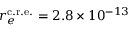
r _ { e } ^ { \mathrm { c . r . e . } } = 2 . 8 \times 1 0 ^ { - 1 3 }